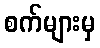
စက်များမှ